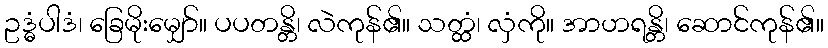
ဥဒ္ဓံပါဒံ၊ ခြေမိုးမျှော်။ ပပတန္တိ၊ လဲကုန်၏။ သတ္ထံ၊ လှံကို။ အာဟရန္တိ၊ ဆောင်ကုန်၏။